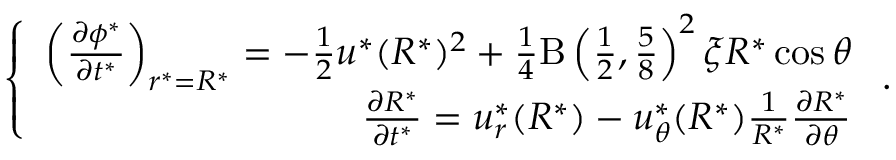
\left\{ \begin{array} { r } { \left( \frac { \partial \phi ^ { * } } { \partial t ^ { * } } \right) _ { r ^ { * } = R ^ { * } } = - \frac { 1 } { 2 } u ^ { * } ( R ^ { * } ) ^ { 2 } + \frac { 1 } { 4 } \mathrm { B } \left( \frac { 1 } { 2 } , \frac { 5 } { 8 } \right) ^ { 2 } \xi R ^ { * } \cos \theta } \\ { \frac { \partial R ^ { * } } { \partial t ^ { * } } = u _ { r } ^ { * } ( R ^ { * } ) - u _ { \theta } ^ { * } ( R ^ { * } ) \frac { 1 } { R ^ { * } } \frac { \partial R ^ { * } } { \partial \theta } } \end{array} \right. .